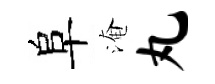
阜淹丸